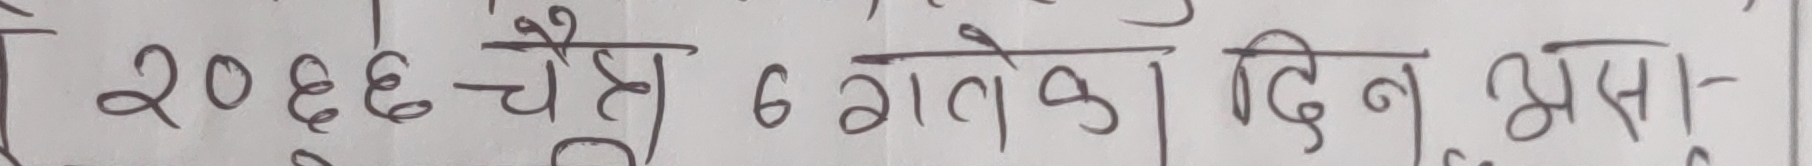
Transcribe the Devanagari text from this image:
२०७६ चैत्र ६ गतेको दिन असा-